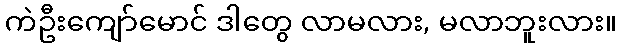
ကဲဦးကျော်မောင် ဒါတွေ လာမလား, မလာဘူးလား။